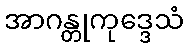
အာဂန္တုကုဒ္ဒေသံ